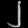
Digit: ၂